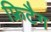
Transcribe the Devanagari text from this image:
फ्रिटैग